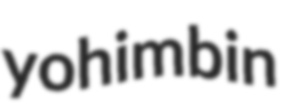
yohimbin